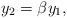
\begin{align*} y_2 = \beta y_1, \end{align*}